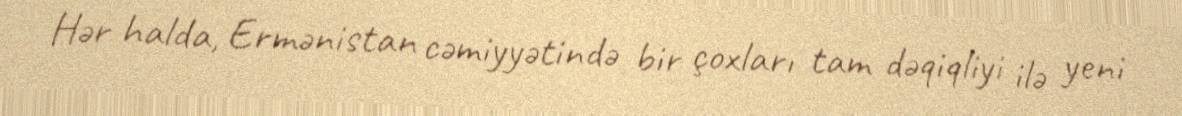
Hər halda, Ermənistan cəmiyyətində bir çoxları tam dəqiqliyi ilə yeni